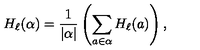
H _ { \ell } ( \alpha ) = { \frac { 1 } { | \alpha | } } \left( \sum _ { a \in \alpha } H _ { \ell } ( a ) \right) ,